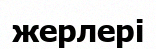
жерлері